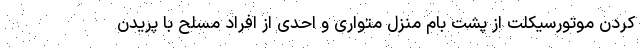
کردن موتورسیکلت از پشت بام منزل متواری و احدی از افراد مسلح با پریدن